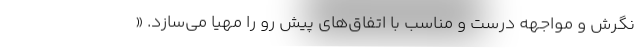
نگرش و مواجهه درست و مناسب با اتفاق‌های پیش رو را مهیا می‌سازد. «